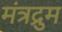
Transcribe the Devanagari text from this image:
मंत्रद्रुम